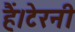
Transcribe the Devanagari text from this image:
हैं।टेरनी